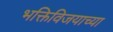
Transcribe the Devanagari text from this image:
भक्तिविजयाच्या